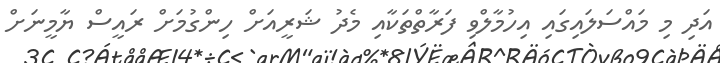
އަދި މި މައްސަލައިގައި އިހުމާލްވި ފަރާތްތަކާއި މެދު ޝަރީއަށް ހިންގުމަށް ރައީސް ޔާމީނަށް